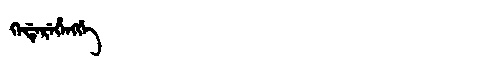
Manchu: ᡴᡝᡩᡝᡵᡝᡥᡝᠩᡤᡝ
Romanization: KEDEREHENGGE